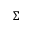
\Sigma